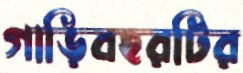
গাড়িবহরটির